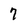
Character: 7